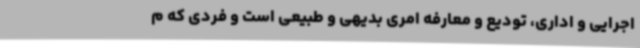
اجرایی و اداری، تودیع و معارفه امری بدیهی و طبیعی است و فردی که م